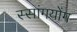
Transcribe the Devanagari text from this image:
स्सांगयोंग